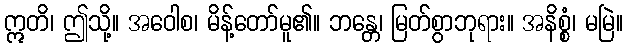
ဣတိ၊ ဤသို့။ အဝေါစ၊ မိန့်တော်မူ၏။ ဘန္တေ၊ မြတ်စွာဘုရား။ အနိစ္စံ၊ မမြဲ။